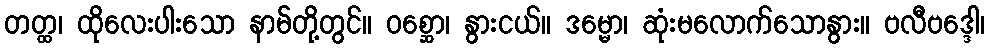
တတ္ထ၊ ထိုလေးပါးသော နာမ်တို့တွင်။ ဝစ္ဆော၊ နွားငယ်။ ဒမ္မော၊ ဆုံးမလောက်သောနွား။ ဗလီဗဒ္ဒေါ၊